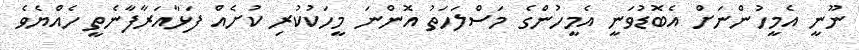
ނޫނީ އެމީހުންނަށް އެބޮޑުވަނީ އެމީހުންގެ މަސްލަހަތު އޮންނަ މީހަކުކުރި ކުށެއް ފަޅާއަރާފާނެތީ ހެއްޔެވެ